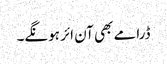
ڈرامے بھی آن ائر ہونگے۔